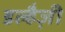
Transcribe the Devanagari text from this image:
डल्हैज़ी